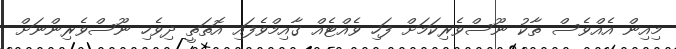
މިއިން އެއްވެސް ތާކު ނޫސްވެރިކަމަށް ފަހި ވެއްޓެއް ގާއިމްވެފައި އޮތަތީ ދިވެހި ނޫސްވެރިންނަށް